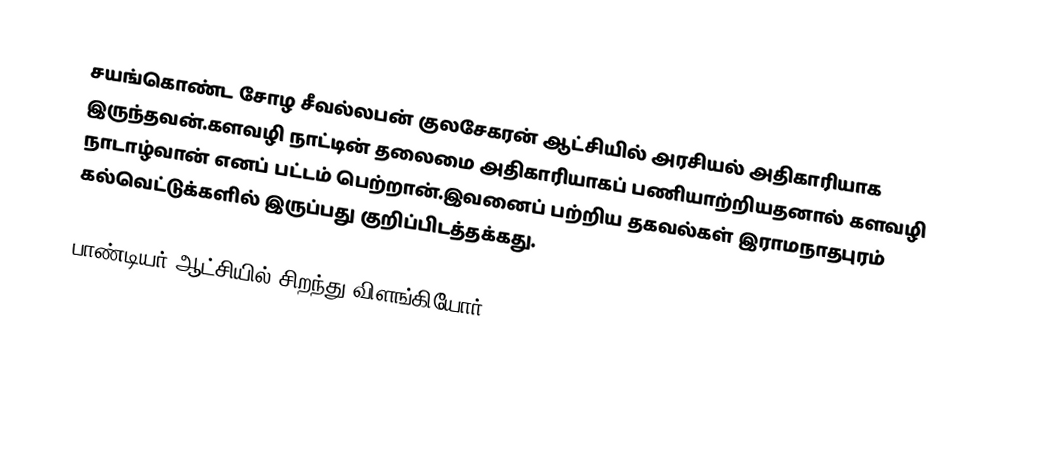
சயங்கொண்ட சோழ சீவல்லபன் குலசேகரன் ஆட்சியில் அரசியல் அதிகாரியாக இருந்தவன்.களவழி நாட்டின் தலைமை அதிகாரியாகப் பணியாற்றியதனால் களவழி நாடாழ்வான் எனப் பட்டம் பெற்றான்.இவனைப் பற்றிய தகவல்கள் இராமநாதபுரம் கல்வெட்டுக்களில் இருப்பது குறிப்பிடத்தக்கது.

பாண்டியர் ஆட்சியில் சிறந்து விளங்கியோர்